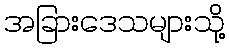
အခြားဒေသများသို့